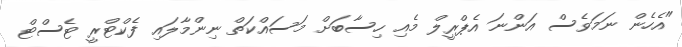
"އެހެން ނަމަވެސް އަންނަ އެޕްރީލް މެއި ހިސާބަށް މަސައްކަތް ނިންމާލައި ފެކްޓްރީ ޓެސްޓް